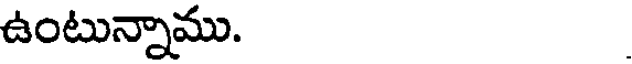
ఉంటున్నాము.